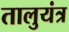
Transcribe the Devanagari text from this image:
तालुयंत्र